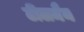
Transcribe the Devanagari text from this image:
टीलमैन